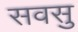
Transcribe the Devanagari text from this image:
सवसु